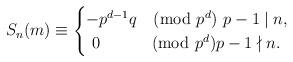
LaTeX: \begin{align*}S_n(m) \equiv \begin{cases}-p^{d-1}q \pmod{p^d} \ p-1\mid n,\\ \ 0 \quad\quad\, \pmod{p^d}p-1\nmid n. \end{cases}\end{align*}